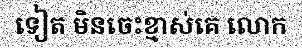
ទៀត មិនចេះខ្មាស់គេ លោក